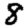
Digit: 8